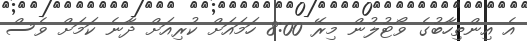
އެ އިންތިހާބުގެ ވޯޓުލުން މިރޭ 8:00 ހަމައަށް ކުރިއަށް ދާނެ ކަމަށް ވެސް